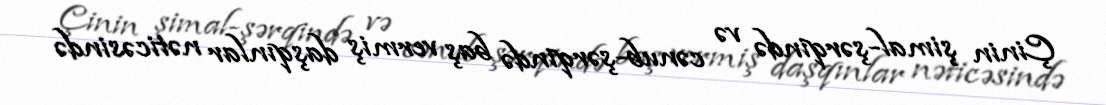
Çinin şimal-şərqində və cənub-şərqində baş vermiş daşqınlar nəticəsində